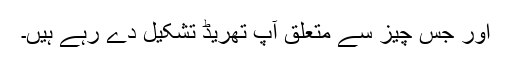
اور جس چیز سے متعلق آپ تھریڈ تشکیل دے رہے ہیں۔